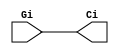
`timescale 1ns / 1ps

module Aktarma(
output Ci,
input Gi
);
  
  buf #(1) (Ci, Gi);
  
endmodule